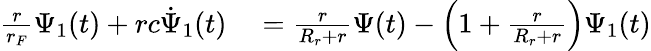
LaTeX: \begin{array}{rl}{\frac{r}{r_{F}}\Psi_{1}(t)+rc\dot{\Psi}_{1}(t)}&{{}=\frac{r}{R_{r}+r}\Psi(t)-\left(1+\frac{r}{R_{r}+r}\right)\Psi_{1}(t)}\end{array}